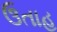
ઉતાહ